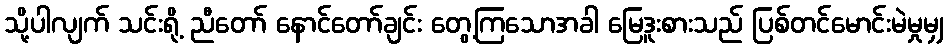
သို့ပါလျက် သင်းရို့ ညီတော် နောင်တော်ချင်း တွေ့ကြသောအခါ မြေဒူးစားသည် ပြစ်တင်မောင်းမဲမှုမျှ